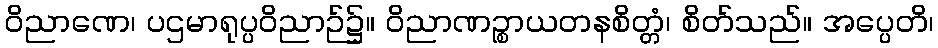
ဝိညာဏေ၊ ပဌမာရုပ္ပဝိညာဉ်၌။ ဝိညာဏဉ္စာယတနစိတ္တံ၊ စိတ်သည်။ အပ္ပေတိ၊